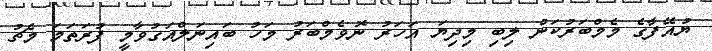
ޔުއޭފާގެ މެމްބަރުކަން ލިބި މިދިޔަ އަހަރު ނޮވެމްބަރު މަހު ބައިނަލްއަގުވާމީ ފުރަތަމަ މެޗު